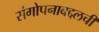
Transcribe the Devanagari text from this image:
संगोपनाबद्दलची